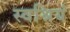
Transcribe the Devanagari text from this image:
स्वश्रियं